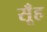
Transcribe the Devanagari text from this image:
सूँह